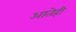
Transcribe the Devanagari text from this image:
आतेही